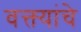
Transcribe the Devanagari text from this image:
वक्त्यांचे